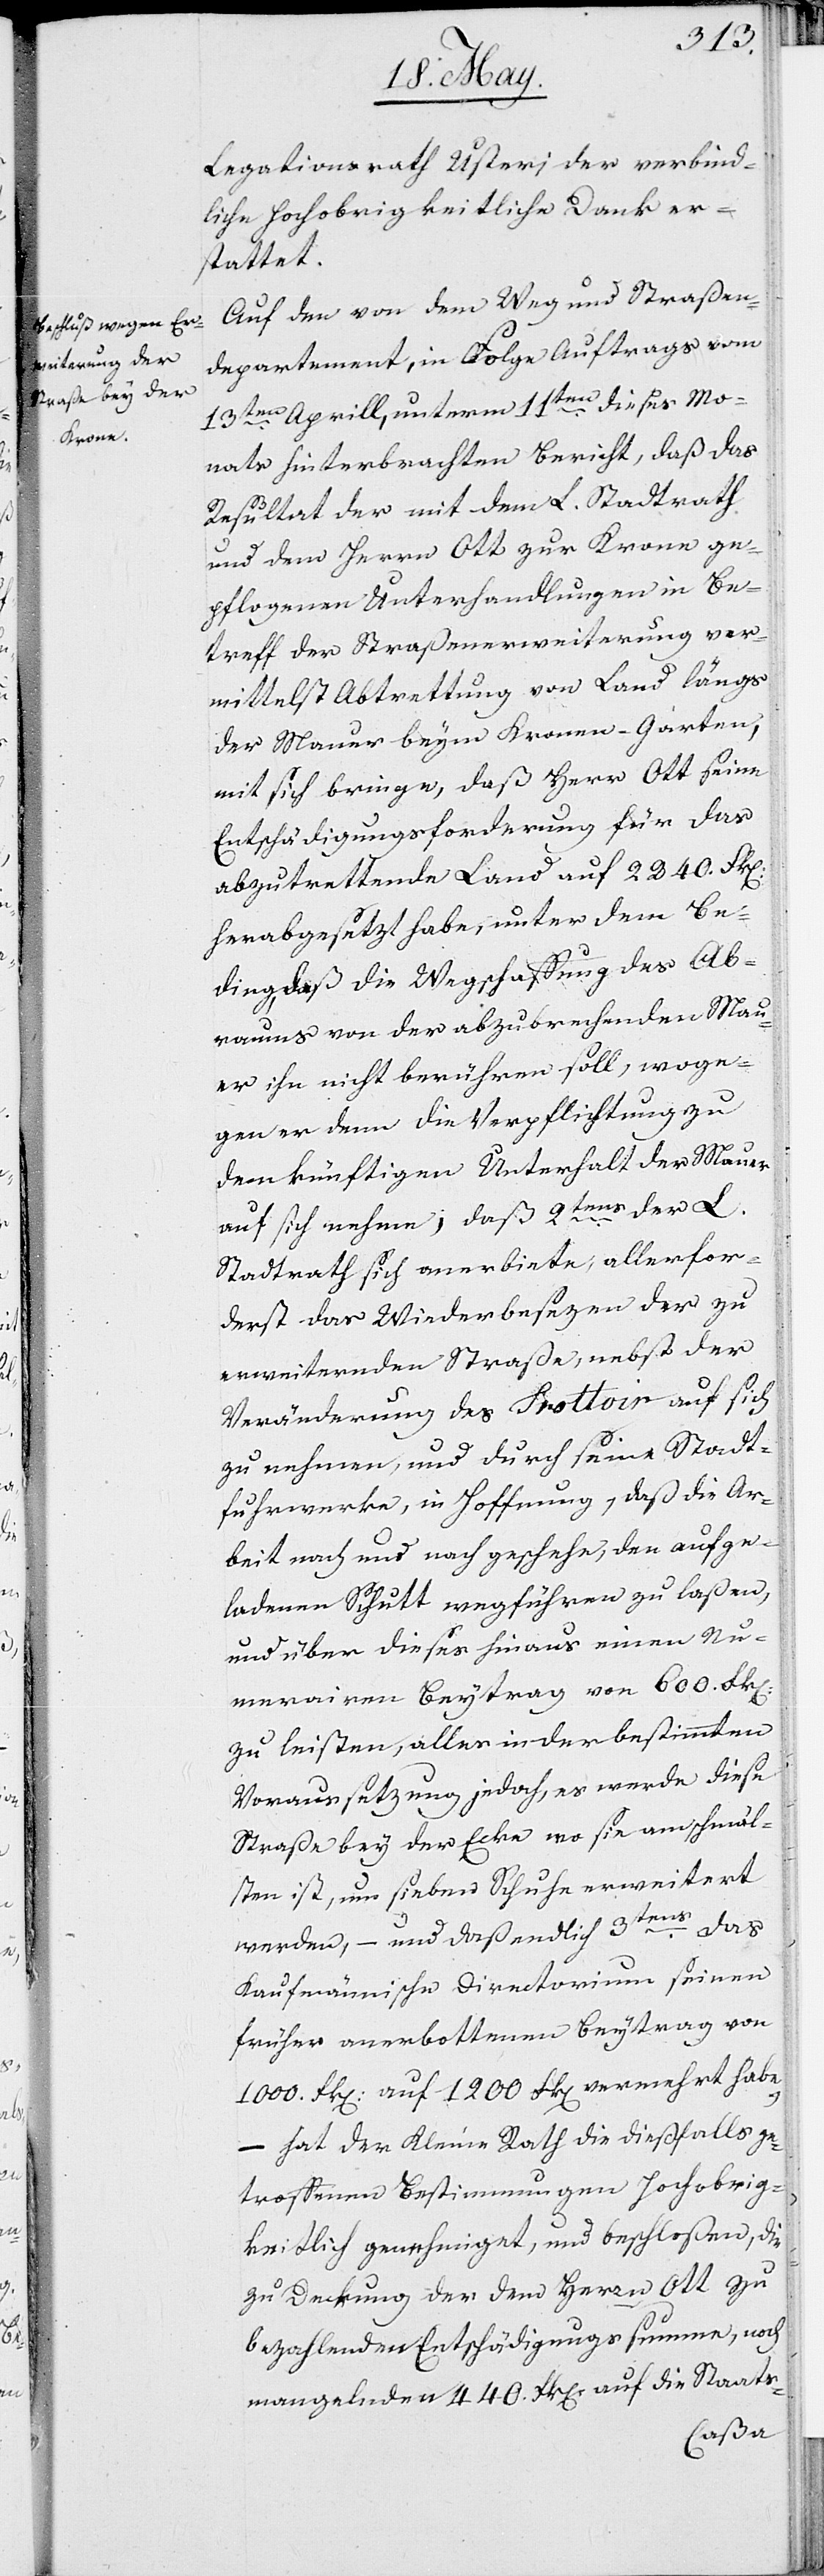
Legationsrath Usteri der verbind¬
liche Hochobrigkeitliche Dank er¬
stattet.
Auf den von dem Weg und Straßen¬
departement, in Folge Auftrags vom
13ten Aprill, unterm 11ten dieses Mo¬
nats hinterbrachten Bericht, daß das
Resultat der mit dem L. Stadtrath
und dem Herrn Ott zur Krone ge¬
pflogenen Unterhandlungen in Be¬
treff der Straßenerweiterung ver¬
mittelst Abtrettung von Land längs
der Mauer beym Kronen-Garten,
mit sich bringe, daß Herr Ott seine
Entschädigungsforderung für das
abzutrettende Land auf 2240. Frk.
herabgesetzt habe, unter dem Be¬
ding, daß die Wegschaffung des Ab¬
raums von der abzubrechenden Mau¬
er ihn nicht berühren soll, woge¬
gen er denn die Verpflichtung zu
dem künftigen Unterhalt der Mauer
auf sich nehme; daß 2tens der L.
Stadtrath sich anerbiete, allervor¬
derst das Wiederbesezen der zu
erweiternden Straße, nebst der
Veränderung des Trottoir auf sich
zu nehmen, und durch seine Stadt¬
fuhrwerke, in Hoffnung, daß die Ar¬
beit nach und nach geschehe, den aufge¬
ladenen Schutt wegführen zu laßen,
und über dieses hinaus einen Nu¬
merairen Beytrag von 600. Frk.
zu leisten, alles in der bestimmten
Voraussetzung jedoch, es werde diese
Straße bey der Ecke wo sie am schmäl¬
sten ist, um sieben Schuhe erweiteret
werden, – und daß endlich 3tens das
Kaufmännische Directorium seinen
früher anerbottenen Beytrag von
1000. Frk. auf 1200. Frk. vermehrt habe,
– hat der Kleine Rath die dießfalls ge¬
troffenen Bestimmungen Hochobrig¬
keitlich genehmiget, und beschloßen, die
zu Deckung der dem Herrn Ott zu
bezahlenden Entschädigungssumme, noch
mangelnden 440. Frk. auf die Staats-